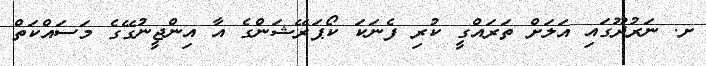
ށ. ނަރުދޫގައި އަލަށް ތަރައްގީ ކުރި ފެނަކަ ކޯޕަރޭޝަންގެ އާ އިންޖީނުގޭގެ މަސައްކަތް